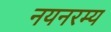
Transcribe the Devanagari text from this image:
नयनरम्‍य